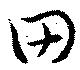
田